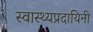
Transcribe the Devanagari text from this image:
स्वास्थ्यप्रदायिनी